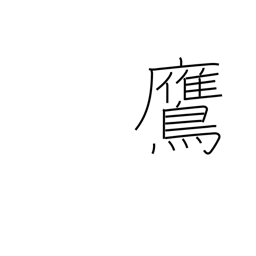
Meaning: hawk